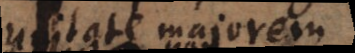
unitate majorem.